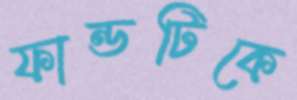
ফান্ডটিকে